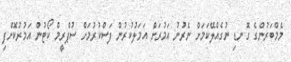
މެމްބަރުންގެ ގޮނޑި ނުގެއްލޭކަމަށް ނެރުނު އަމުރަށް އަމަލުކުރުން ފަސްކުރުމަށް ސުޕްރީމް ކޯޓުން އަމުރުކޮށްފި